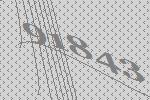
91843